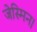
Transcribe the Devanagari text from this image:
जेस्मिन।